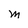
Character: M